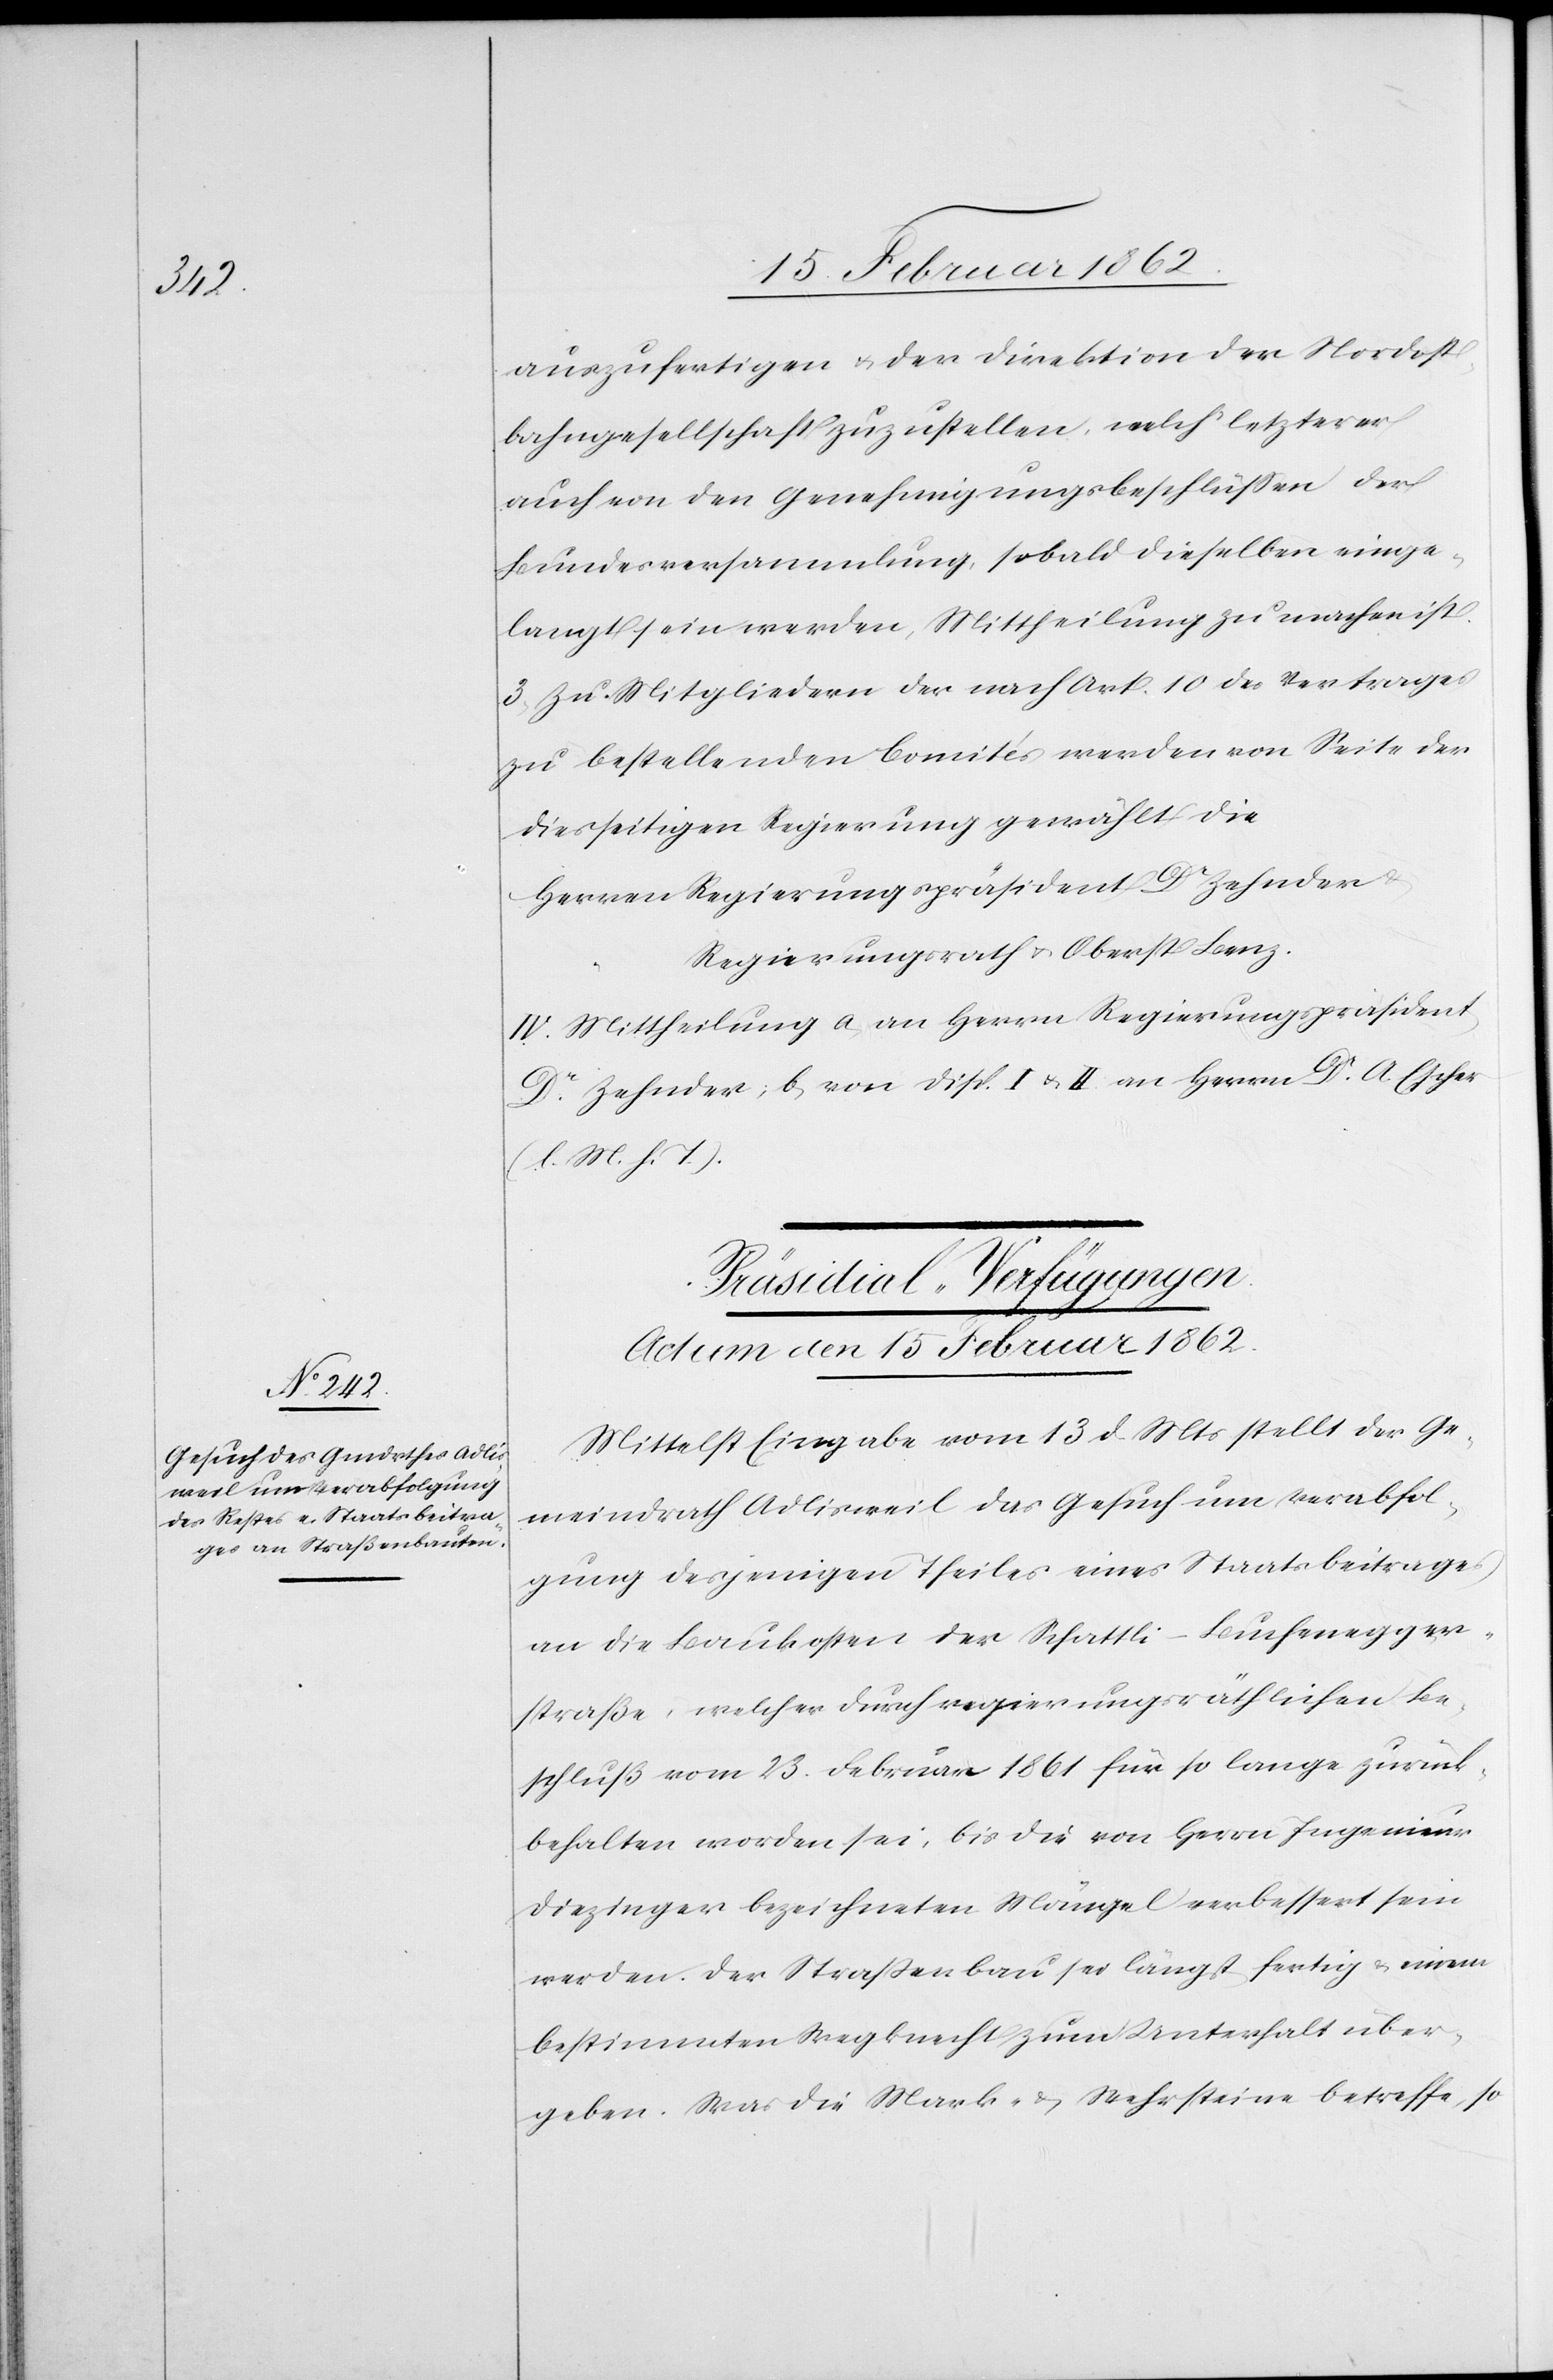
auszufertigen u. der Direktion der Nordost¬
bahngesellschaft zuzustellen, welch’ letzterer
auch von den Genehmigungsbeschlüßen der
Bundesversammlung, sobald dieselben einge¬
langt sein werden, Mittheilung zu machen ist.
3. Zu Mitgliedern des nach Art. 10 des Vertrages
zu bestellenden Comités werden von Seite der
diesseitigen Regierung gewählt die
Herren Regierungspräsident Dr. Zehnder
Regierungsrath u. Oberst Benz.
IV. Mittheilung a) an Herrn Regierungspräsident
Dr. Zehnder; b) von Disp. I. u. II an Herrn Dr. A. Escher
(l. M. h. T.).
Präsidial-Verfügungen.
Actum den 15 Februar 1862.
Mittelst Eingabe vom 13 d Mts stellt der Ge¬
meindrath Adlisweil das Gesuch um Verabfol¬
gung desjenigen Theiles eines Staatsbeitrages
an die Baukosten der Schattli–Buchenegger¬
straße, welcher durch regierungsräthlichen Be¬
schluß vom 23. Februar 1861 für so lange zurück¬
behalten worden sei, bis die von Herrn Ingenieur
Diezinger bezeichneten Mängel verbessert sein
werden. Der Straßenbau sei längst fertig & einem
bestimmten Wegknecht zum Unterhalt über¬
geben. Was die Mark- & Wehrsteine betreffe, so